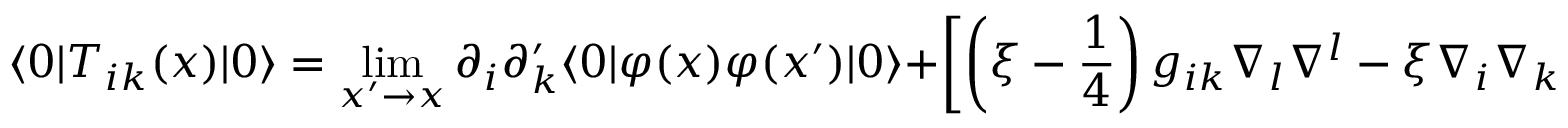
\langle 0 | T _ { i k } ( x ) | 0 \rangle = \operatorname * { l i m } _ { x ^ { \prime } \rightarrow x } \partial _ { i } \partial _ { k } ^ { \prime } \langle 0 | \varphi ( x ) \varphi ( x ^ { \prime } ) | 0 \rangle + \left[ \left( \xi - \frac { 1 } { 4 } \right) g _ { i k } \nabla _ { l } \nabla ^ { l } - \xi \nabla _ { i } \nabla _ { k } - \xi R _ { i k } \right] \langle 0 | \varphi ^ { 2 } ( x ) | 0 \rangle ,